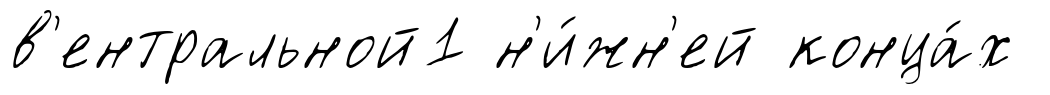
в'ентральной1 н'и́жн'ей конца́х